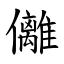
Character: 㒧